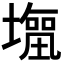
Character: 𭏹